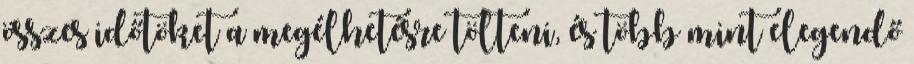
összes időtöket a megélhetésre tölteni, és több mint elegendő